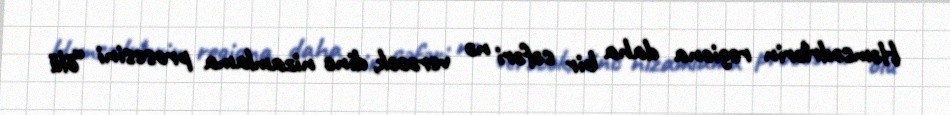
Həmsədrlərin regiona daha bir səfəri nə verəcək, dinc nizamlama prosesini “ölü